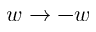
w \rightarrow - w